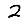
Digit: 2